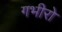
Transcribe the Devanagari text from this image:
गभीरो